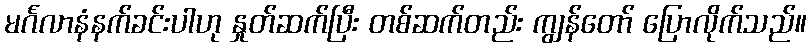
မင်္ဂလာနံနက်ခင်းပါဟု နှုတ်ဆက်ပြီး တစ်ဆက်တည်း ကျွန်တော် ပြောလိုက်သည်။